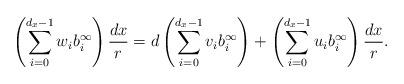
LaTeX: \begin{align*}\left(\sum_{i=0}^{d_x-1} w_i b^{\infty}_i\right) \frac{dx}{r} = d\left(\sum_{i=0}^{d_x-1}v_i b^{\infty}_i\right)+\left(\sum_{i=0}^{d_x-1}u_i b^{\infty}_i \right) \frac{dx}{r}.\end{align*}